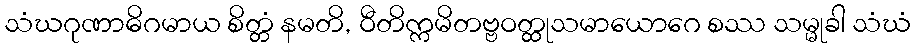
သံဃဂုဏာဓိဂမာယ စိတ္တံ နမတိ, ဝီတိက္ကမိတဗ္ဗဝတ္ထုသမာယောဂေ စဿ သမ္မုခါ သံဃံ